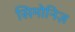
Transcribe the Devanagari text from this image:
सिमोनिज़